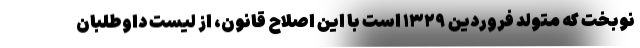
نوبخت که متولد فروردین ۱۳۲۹ است با این اصلاح قانون، از لیست داوطلبان